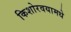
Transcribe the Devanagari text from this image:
किशोरवयामधे